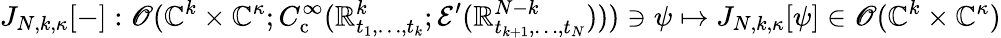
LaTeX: J_{N,k,\kappa}[-]:\mathscr{O}(\mathbb{C}^{k}\times\mathbb{C}^{\kappa};C_{\mathrm{c}}^{\infty}(\mathbb{R}_{t_{1},\ldots,t_{k}}^{k};\mathcal{E}^{\prime}(\mathbb{R}_{t_{k+1},\ldots,t_{N}}^{N-k})))\ni\psi\mapsto J_{N,k,\kappa}[\psi]\in\mathscr{O}(\mathbb{C}^{k}\times\mathbb{C}^{\kappa})